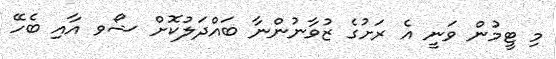
މި ޓީމުން ވަނީ އެ ރަށުގެ ޒުވާނުންނާ ބައްދަލުކޮށް ޝޯވ އާއި ބެހޭ